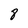
Character: 8